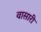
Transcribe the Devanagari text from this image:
वासारी